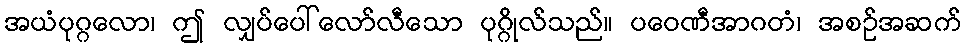
အယံပုဂ္ဂလော၊ ဤ လျှပ်ပေါ်လော်လီသော ပုဂ္ဂိုလ်သည်။ ပဝေဏီအာဂတံ၊ အစဉ်အဆက်